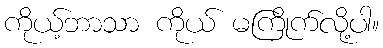
ကိုယ့်ဘာသာ ကိုယ် မကြိုက်လို့ပါ။